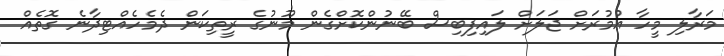
މަރާލި މީހާ އުމުރަށް ޖަލަށް ލައިފިބިސް ބޭނުންކޮށްގެން މޫނުގެ ރީތިކަން ދެމެހެއްޓިދާނެ ގޮތެއް